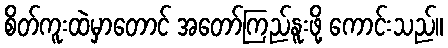
စိတ်ကူးထဲမှာတောင် အတော်ကြည်နူးဖို့ ကောင်းသည်။